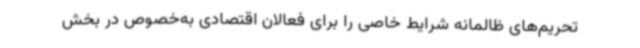
تحریم‌های ظالمانه شرایط خاصی را برای فعالان اقتصادی به‌خصوص در بخش